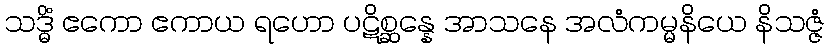
သဒ္ဓိံ ဧကော ဧကာယ ရဟော ပဋိစ္ဆန္နေ အာသနေ အလံကမ္မနိယေ နိသဇ္ဇံ